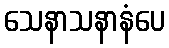
သေနာသနာနံပေ